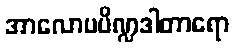
အာလောပပိဏ္ဍဒါတာရော